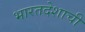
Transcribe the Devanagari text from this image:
भारतदेशाची